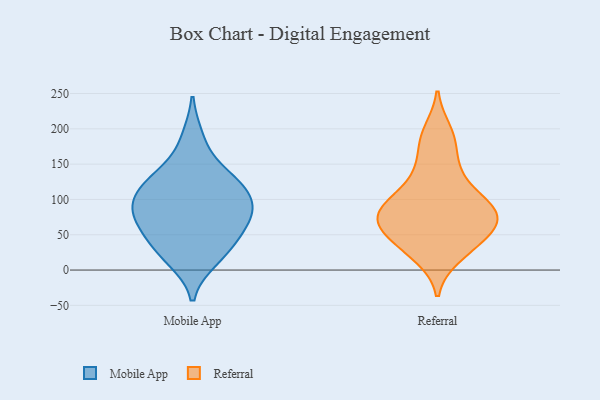
{"axis": {"x": "Gross Profit (USD K)", "y": "Value"}, "legend": ["Mobile App", "Referral"], "data": [{"x": "", "y": 133, "type": "Mobile App"}, {"x": "", "y": 70, "type": "Mobile App"}, {"x": "", "y": 53, "type": "Mobile App"}, {"x": "", "y": 108, "type": "Mobile App"}, {"x": "", "y": 131, "type": "Mobile App"}, {"x": "", "y": 123, "type": "Mobile App"}, {"x": "", "y": 97, "type": "Mobile App"}, {"x": "", "y": 88, "type": "Mobile App"}, {"x": "", "y": 85, "type": "Mobile App"}, {"x": "", "y": 186, "type": "Mobile App"}, {"x": "", "y": 16, "type": "Mobile App"}, {"x": "", "y": 24, "type": "Mobile App"}, {"x": "", "y": 36, "type": "Mobile App"}, {"x": "", "y": 72, "type": "Mobile App"}, {"x": "", "y": 29, "type": "Referral"}, {"x": "", "y": 83, "type": "Referral"}, {"x": "", "y": 78, "type": "Referral"}, {"x": "", "y": 197, "type": "Referral"}, {"x": "", "y": 19, "type": "Referral"}, {"x": "", "y": 125, "type": "Referral"}, {"x": "", "y": 102, "type": "Referral"}, {"x": "", "y": 58, "type": "Referral"}, {"x": "", "y": 146, "type": "Referral"}, {"x": "", "y": 45, "type": "Referral"}, {"x": "", "y": 90, "type": "Referral"}, {"x": "", "y": 87, "type": "Referral"}, {"x": "", "y": 59, "type": "Referral"}, {"x": "", "y": 66, "type": "Referral"}, {"x": "", "y": 178, "type": "Referral"}]}